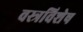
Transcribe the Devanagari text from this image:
वस्त्रविशेष